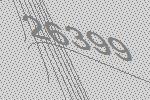
26399